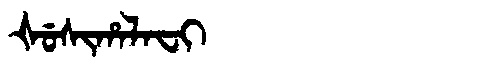
Manchu: ᡧᡠᠰᡳᡥᠠᠯᠠᠸᡳ
Romanization: ŠUSIHALAFI